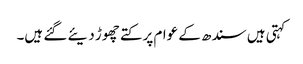
کہتی ہیں سندھ کے عوام پر کتے چھوڑ دیئے گئے ہیں۔